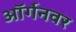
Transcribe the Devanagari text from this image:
ऑर्गनवर